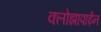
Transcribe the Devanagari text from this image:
क्लोझापाईन